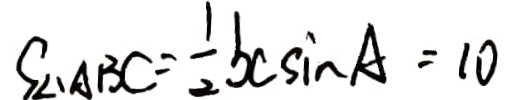
S _ { \Delta A B C } = \frac { 1 } { 2 } b c \sin A = 1 0